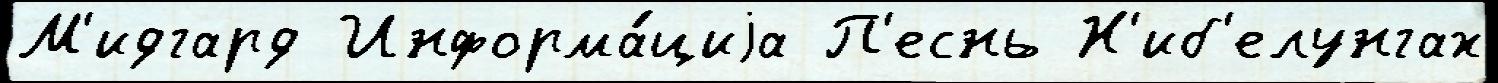
М'идгард Информа́циjа П'еснь Н'иб'елунгах